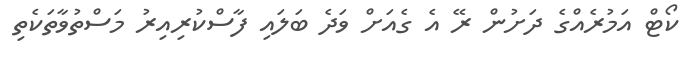
ކޯޓް އަމުރެއްގެ ދަށުން ރޭ އެ ގެއަށް ވަދެ ބަލައި ފާސްކުރިއިރު މަސްތުވާތަކެތި